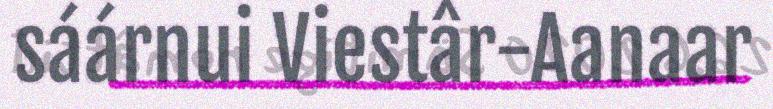
sáárnui Viestâr-Aanaar